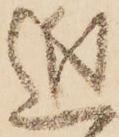
近